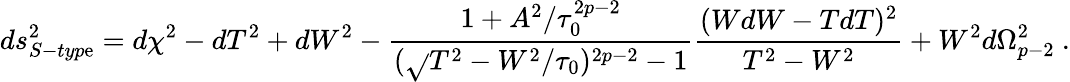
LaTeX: ds_{S-typ\mathrm{e}}^{2}=d\chi^{2}-dT^{2}+dW^{2}-\frac{{1+A^{2}/\tau_{0}^{2p-2}}}{{(\sqrt{}{{T^{2}-W^{2}}}/\tau_{0})^{2p-2}-1}}\frac{{(WdW-TdT)^{2}}}{{T^{2}-W^{2}}}+W^{2}d\Omega_{p-2}^{2}\ .